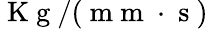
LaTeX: \mathrm{~K~g~}/(\mathrm{~m~m~}\cdot\mathrm{~s~})